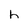
Character: h